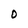
Character: O